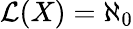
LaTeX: \mathcal{L}(X)=\aleph_{0}